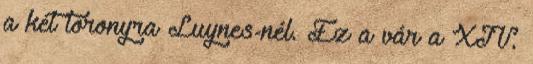
a két toronyra Luynes-nél. Ez a vár a XIV.